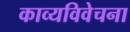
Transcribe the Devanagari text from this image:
काव्यविवेचना